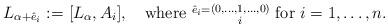
LaTeX: \begin{align*}L_{\alpha+\hat{e}_i}:=&\ [L_\alpha,A_i],\quad\mbox{where }\substack{\hat{e}_i=\\\ }\substack{(0,\ldots,1,\ldots,0)\\i }\mbox{ for }i=1,\ldots,n.\end{align*}